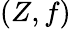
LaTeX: (Z,f)